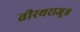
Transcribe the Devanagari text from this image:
तीरथराजू॥